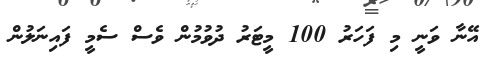
އޭނާ ވަނީ މި ފަހަރު 100 މީޓަރު ދުވުމުން ވެސް ސެމީ ފައިނަލުން